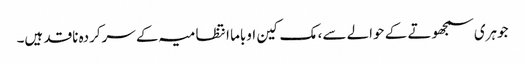
جوہری سمجھوتے کے حوالے سے، مک کین اوباما انتظامیہ کے سرکردہ ناقد ہیں۔